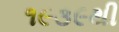
૧૯૩૯થી